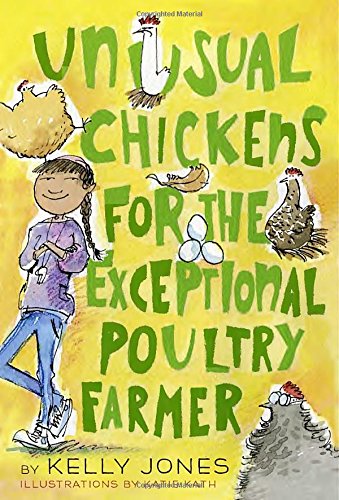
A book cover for Unusual Chickens for the Exceptional Poultry Farmer; Kelly Jones; Children's Books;